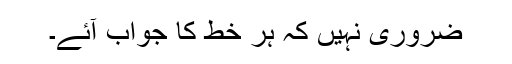
ضروری نہیں کہ ہر خط کا جواب آئے۔